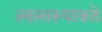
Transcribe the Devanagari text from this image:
स्वस्वरूपाकडे